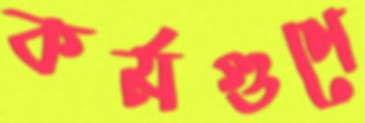
কর্মগুণে